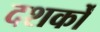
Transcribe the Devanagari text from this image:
दशर्कों